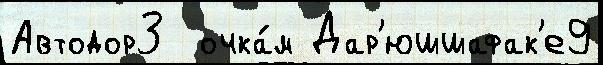
Автодор3  очка́м Дар'юшшафак'е9